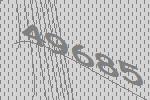
49685